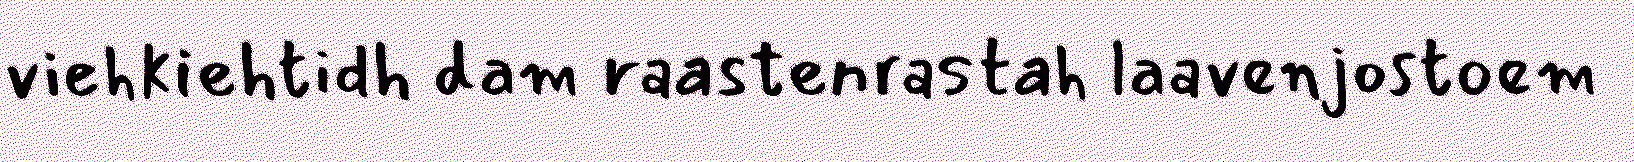
viehkiehtidh dam raastenrastah laavenjostoem